Dysentery in Hazaribagh Central Jail - Number 52
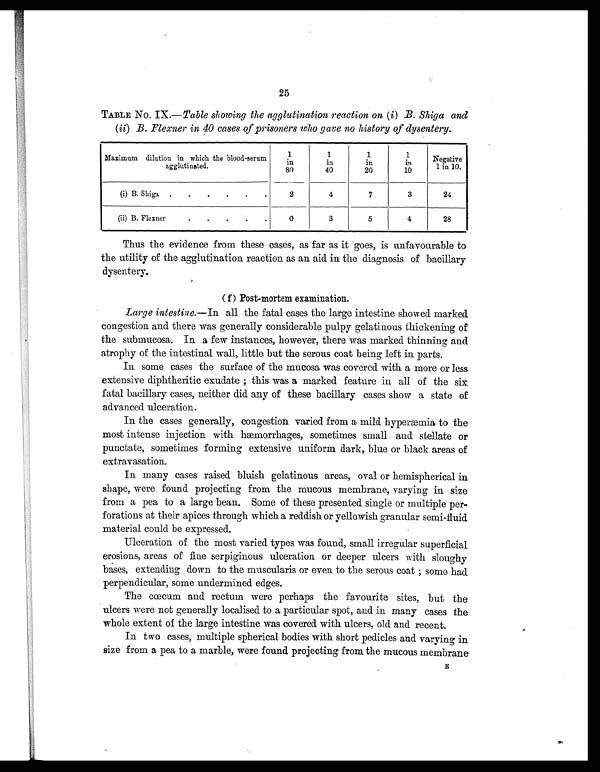
25
TABLE No. IX.— Table showing the agglutination reaction on (i) B. Shiga and
(ii) B. Flexner in 40 cases of prisoners who gave no history of dysentery.
Maximum dilution in which the blood-serum
agglutinated.
1
in
80
1
in
40
1
in
20
1
i n
10
Negative
1 in 10.
(i) B. Shiga .
.
.
.
. .
2
4
7
3
24
(ii) B. Flexner.
.
.
.
.
0
3
5
4
28
Thus the evidence from these cases, as far as it goes, is unfavourable to
the utility of the agglutination reaction as an aid in the diagnosis of bacillary
dysentery.
(f) Post-mortem examination.
Large intestine. —In all the fatal cases the large intestine showed marked.
congestion and there was generally considerable pulpy gelatinous thickening of
the submucosa. In a few instances, however, there was marked thinning and
atrophy of the intestinal wall, little but the serous coat being left in parts.
In some cases the surface of the mucosa was covered with a more or less
extensive diphtheritic exudate ; this was a marked feature in all of the six
fatal bacillary cases, neither did any of these bacillary cases show a state of
advanced ulceration.
In the cases generally, congestion varied from a mild hyperæ mia to the
most intense injection with hemorrhages, sometimes small and stellate or
punctate, sometimes forming extensive uniform dark, blue or black areas of
extravasation.
In many cases raised bluish gelatinous areas, oval or hemispherical in
shape, were found projecting from the mucous membrane, varying in size
from a pea to a large bean. Some of these presented single or multiple per-
forations at their apices through which a reddish or yellowish granular semi-fluid
material could be expressed.
Ulceration of the most varied types was found, small irregular superficial
erosions, areas of fine serpiginous ulceration or deeper ulcers with sloughy
bases, extending down to the muscularis or even to the serous coat ; some had
perpendicular, some undermined edges.
The cœcum and rectum were perhaps the favourite sites, but the
ulcers were not generally localised to a particular spot, and in many cases the
whole extent of the large intestine was covered with ulcers, old and recent.
In two cases, multiple spherical bodies with short pedicles and varying in
size from a pea to a marble, were found projecting from the mucous membrane E